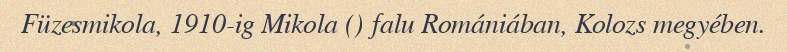
Füzesmikola, 1910-ig Mikola () falu Romániában, Kolozs megyében.